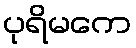
ပုရိမကေ